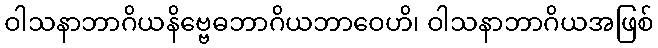
ဝါသနာဘာဂိယနိဗ္ဗေဓဘာဂိယဘာဝေဟိ၊ ဝါသနာဘာဂိယအဖြစ်